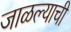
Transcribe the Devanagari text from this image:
जाळल्याची